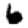
Digit: 6